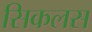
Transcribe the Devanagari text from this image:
सिकलस